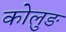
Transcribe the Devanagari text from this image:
कोलुङ